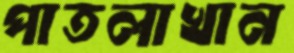
পাতলাখান